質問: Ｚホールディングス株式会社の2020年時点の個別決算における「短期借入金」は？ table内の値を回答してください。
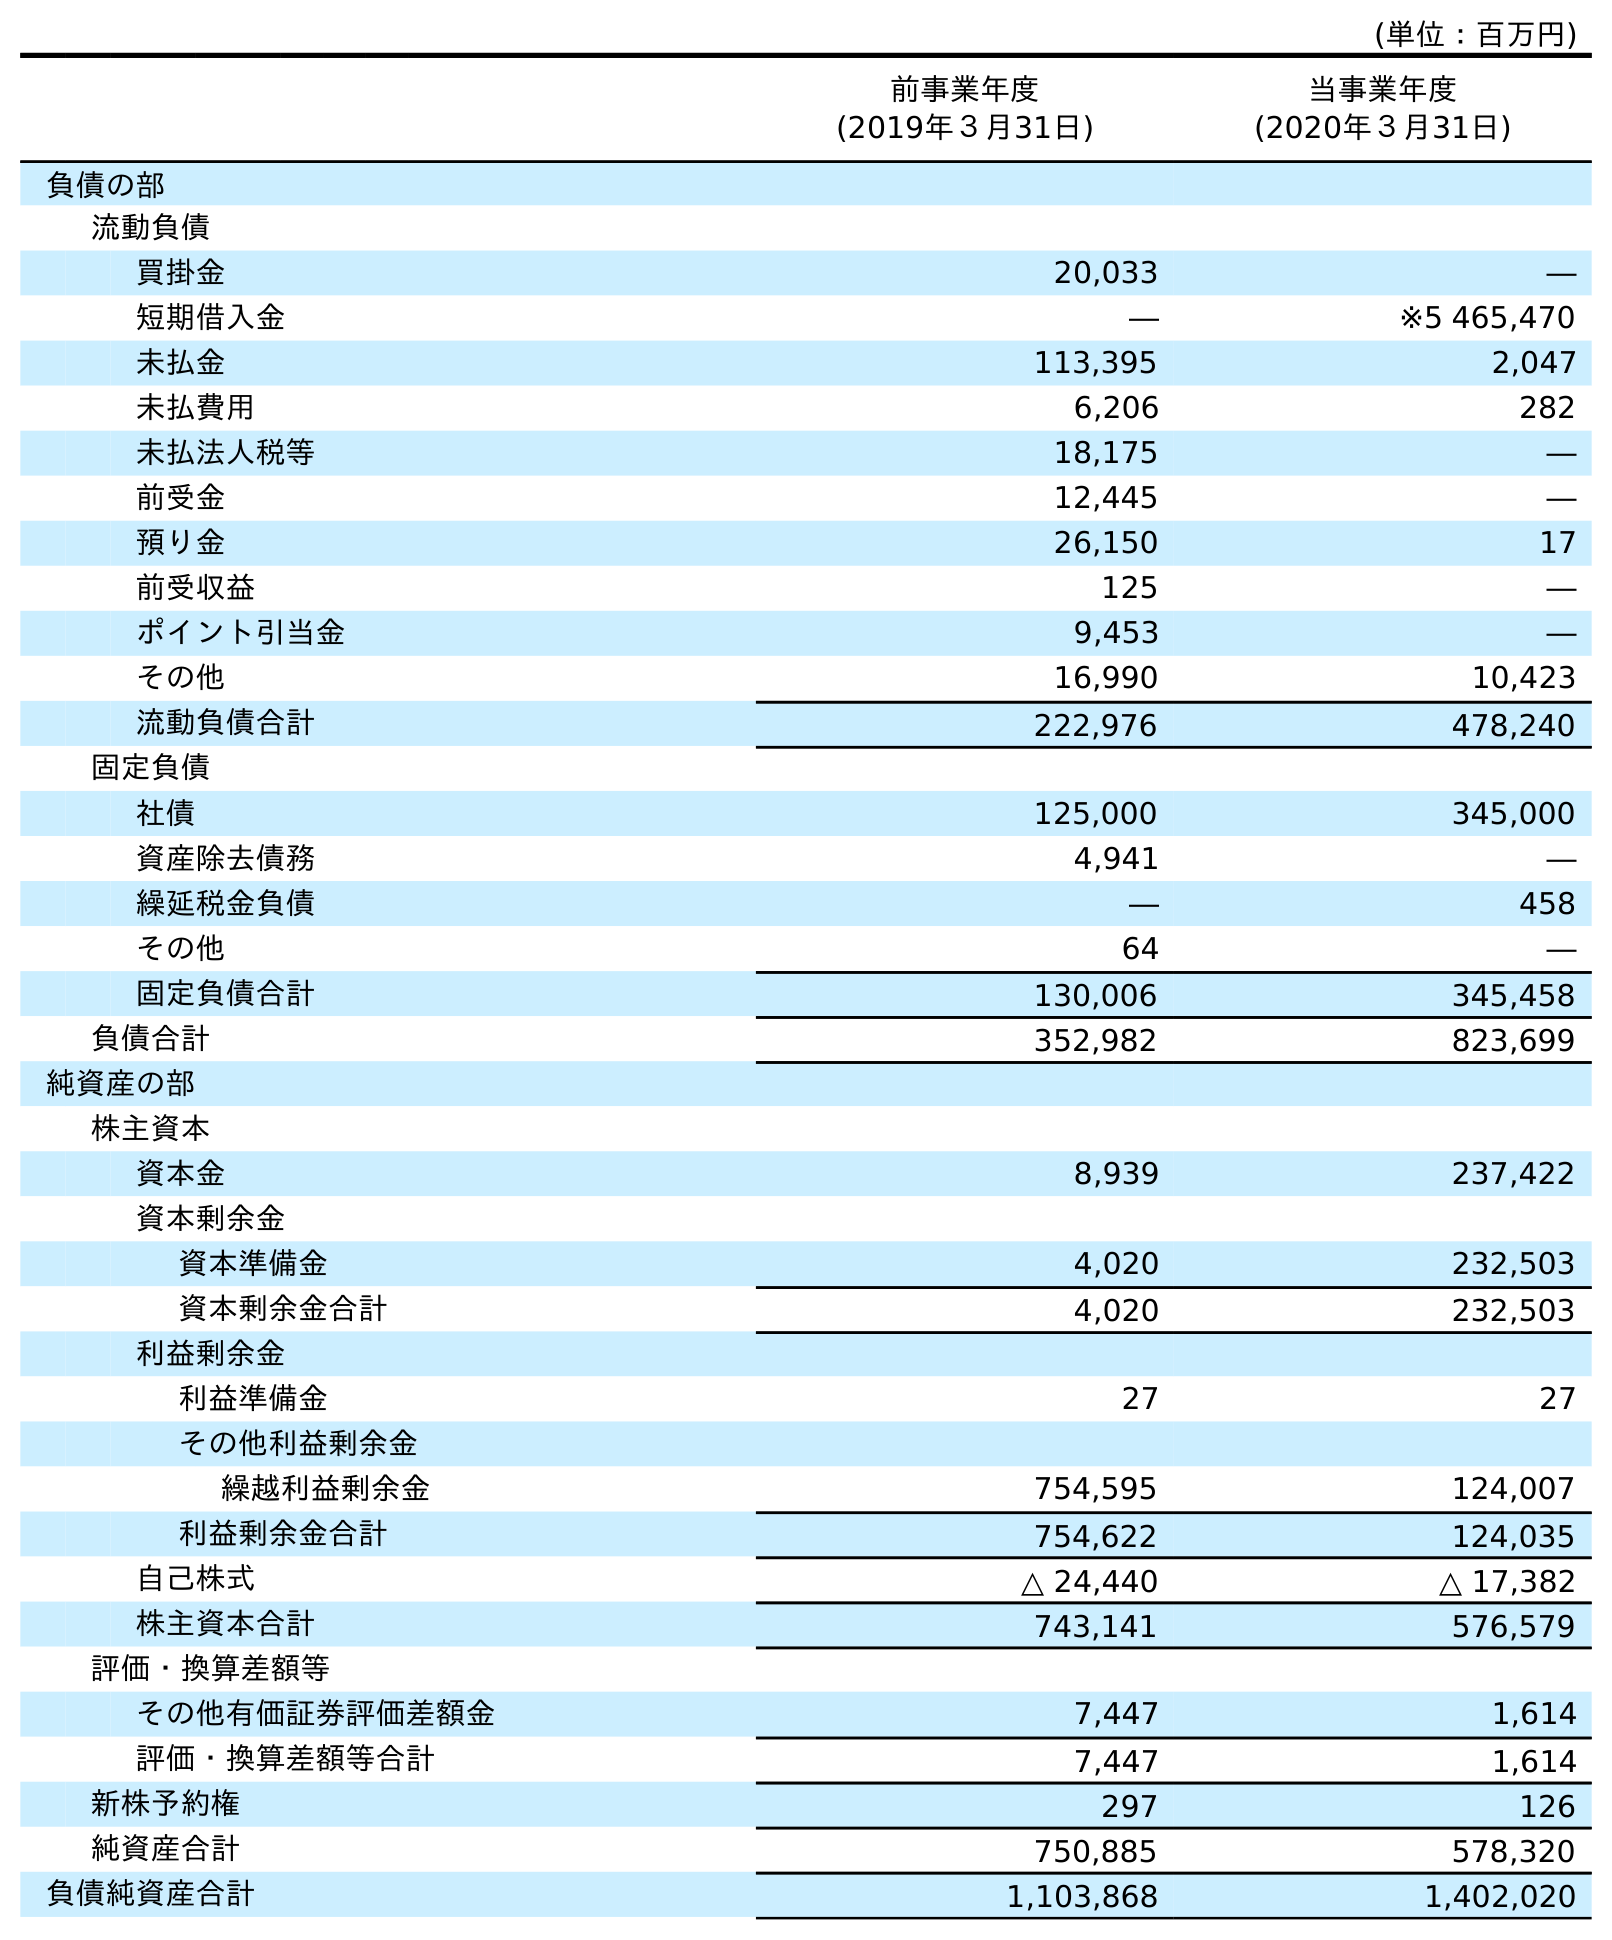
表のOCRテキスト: (単位：百万円) 前事業年度 (2019年３月31日) 当事業年度 (2020年３月31日) 負債の部 流動負債 買掛金 20,033 ― 短期借入金 ― ※5 465,470 未払金 113,395 2,047 未払費用 6,206 282 未払法人税等 18,175 ― 前受金 12,445 ― 預り金 26,150 17 前受収益 125 ― ポイント引当金 9,453 ― その他 16,990 10,423 流動負債合計 222,976 478,240 固定負債 社債 125,000 345,000 資産除去債務 4,941 ― 繰延税金負債 ― 458 その他 64 ― 固定負債合計 130,006 345,458 負債合計 352,982 823,699 純資産の部 株主資本 資本金 8,939 237,422 資本剰余金 資本準備金 4,020 232,503 資本剰余金合計 4,020 232,503 利益剰余金 利益準備金 27 27 その他利益剰余金 繰越利益剰余金 754,595 124,007 利益剰余金合計 754,622 124,035 自己株式 △ 24,440 △ 17,382 株主資本合計 743,141 576,579 評価・換算差額等 その他有価証券評価差額金 7,447 1,614 評価・換算差額等合計 7,447 1,614 新株予約権 297 126 純資産合計 750,885 578,320 負債純資産合計 1,103,868 1,402,020
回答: ※5465,470